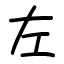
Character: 左